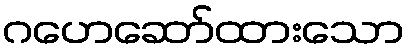
ဂဟေဆော်ထားသော